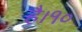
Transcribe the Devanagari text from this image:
है।१०